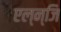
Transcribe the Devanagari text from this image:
एल्न्जि